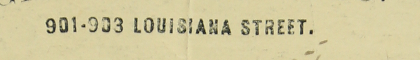
901903 LOUISIANA STREET